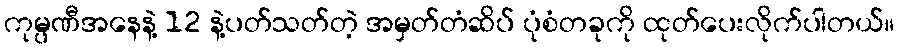
ကုမ္ပဏီအနေနဲ့ 12 နဲ့ပတ်သတ်တဲ့ အမှတ်တံဆိပ် ပုံစံတခုကို ထုတ်ပေးလိုက်ပါတယ်။